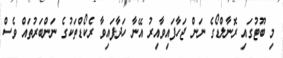
މި ބޫޓުގައި ރޮނާލްޑޯގެ ނަން ޖަހާފައިވާއިރު އޭނާ ހަދާފައިވާ ރެކޯޑްތަކުގެ ނަންބަރުތައް ވެސް